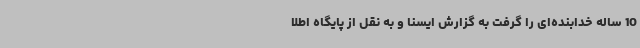
10 ساله خدابنده‌ای را گرفت به گزارش ایسنا و به نقل از پایگاه اطلا